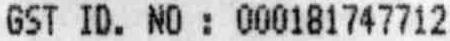
GST ID. NO : 000181747712